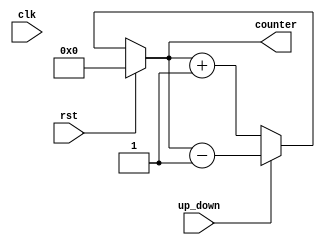
module sync_updown(
    input clk,
    input rst,
    input up_down,
    output [3:0] counter
    );
    reg [3:0]counter_up_down;
    always@(clk or rst)
    begin
    if(rst)
    counter_up_down<=4'h0;
    else if(~up_down)
    counter_up_down<=counter_up_down + 4'd1;
    else
    counter_up_down<=counter_up_down - 4'd1;
    end
    assign counter=counter_up_down;
    
endmodule